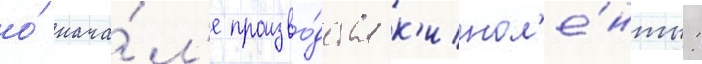
о́ нача́л'е произво́дства к'инол'е́нты: